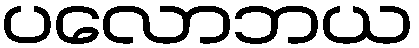
ပလောဘယ